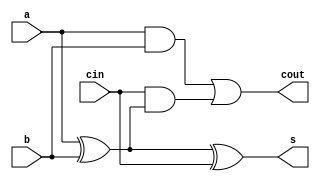
`timescale 1ns / 1ps
//////////////////////////////////////////////////////////////////////////////////
// Company: 
// Engineer: 
// 
// Design Name: 
// Module Name: full_adder_1
// Project Name: 
// Target Devices: 
// Tool Versions: 
// Description: 
// 
// Dependencies: 
// 
// Revision:
// Revision 0.01 - File Created
// Additional Comments:
// 
//////////////////////////////////////////////////////////////////////////////////


module full_adder_1(
    input a,
    input b,
    input cin,
    output s,
    output cout
    );
    
    //using assign statement
    //assign s=((~a)&(~b)&cin) | ((~a)&b&(~cin)) | (a&(~b)&(~cin)) | (a&b&cin);
    //assign cout=(a&b) | (a&cin) | (b&cin);
    assign s=a^b^cin;
    assign cout=a&b|cin&(a^b);
    
//    //using nand, not
//    wire a_not,b_not,cin_not;
//    wire not1,not2,not3,not4;
//    wire nand11,nand12,nand21,nand22,nand31,nand32,nand41,nand42;
//    wire nand111,nand222;
//    wire not111,not222,not333;
    
//    wire nand101,nand102,nand103;
//    wire nand201,nand202;
//    wire not101;
    
//    //get s
//    not
//        g0(a_not,a),
//        g1(b_not,b),
//        g2(cin_not,cin);
//    nand
//        g3(nand11,a_not,b_not),
//        g4(nand21,a,cin),
//        g5(nand31,b,cin),
//        g6(nand41,a,b);
//    not
//        g7(not1,nand11),
//        g8(not2,nand21),
//        g9(not3,nand31),
//        g10(not4,nand41);
//    nand
//        g11(nand12,not1,cin_not),
//        g12(nand22,not2,b_not),
//        g13(nand32,not3,a_not),
//        g14(nand42,not4,cin_not);
        
//    nand
//        g15(nand111,nand12,nand22),
//        g16(nand222,nand32,nand42);
    
//    not
//        g17(not111,nand111),
//        g18(not222,nand222);
        
//    nand
//        g19(nand333,not111,not222);
        
//    not
//        g20(s,nand333);
        
//    //get cout
//    nand
//        g21(nand101,a_not,b_not),
//        g22(nand102,a_not,cin_not),
//        g23(nand103,b_not,cin_not),
        
//        g24(nand201,nand101,nand102);
    
//    not
//        g25(not101,nand201);
        
//    nand
//        g26(nand202,not101,nand103);
    
//    not
//        g27(cout,nand202);
    
endmodule